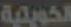
الكويتية